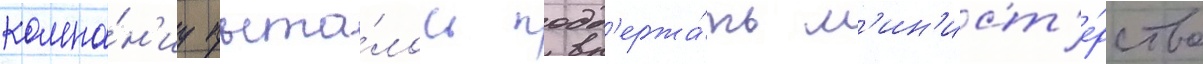
компа́н'иу пыта́лось подд'ержа́ть м'ин'ист'е́рство